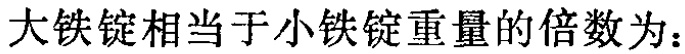
大铁锭相当于小铁锭重量的倍数为：